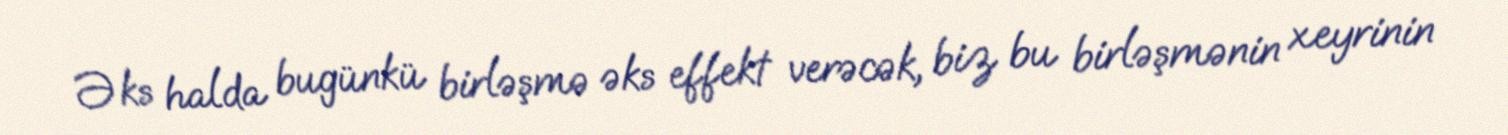
Əks halda bugünkü birləşmə əks effekt verəcək, biz bu birləşmənin xeyrinin